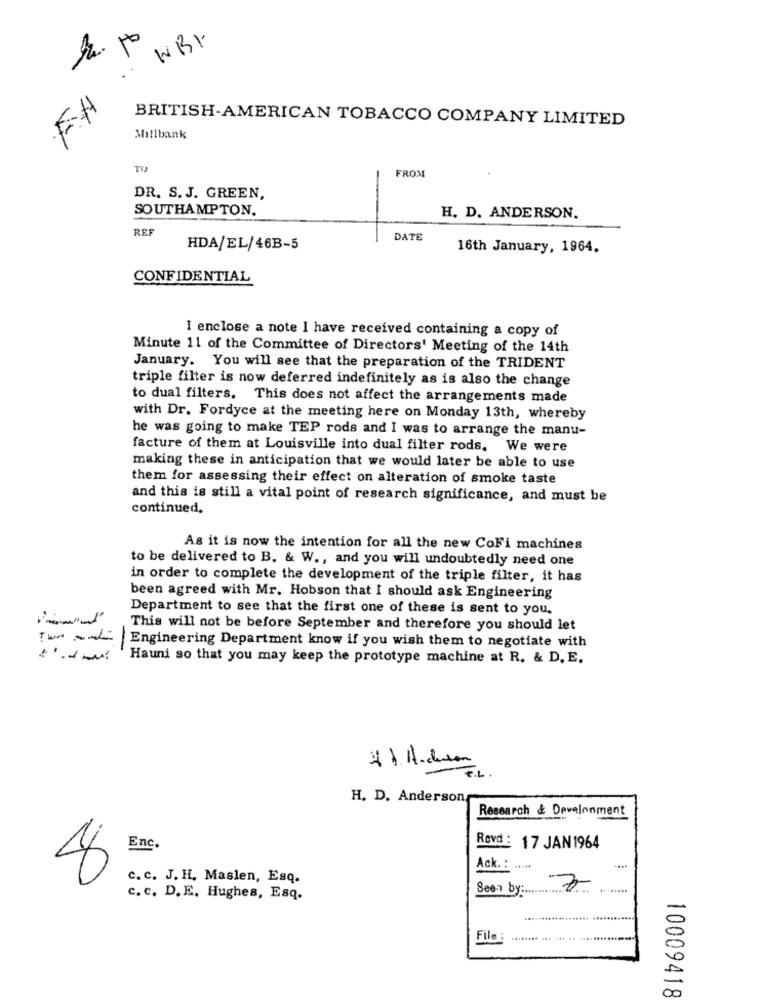
WBI
.F.H
BRITISH-AMERICAN TOBACCO COMPANY LIMITED
Millbank
TV
FROM
DR. S. J. GREEN,
SOUTHAMPTON.
H. D. ANDERSON.
REF
DATE
HDA/EL/46B-5
16th January, 1964.
CONFIDENTIAL
I enclose a note I have received containing a copy of
Minute 11 of the Committee of Directors' Meeting of the 14th
January. You will see that the preparation of the TRIDENT
triple filter is now deferred indefinitely as is also the change
to dual filters. This does not affect the arrangements made
with Dr. Fordyce at the meeting here on Monday 13th, whereby
he was going to make TEP rods and I was to arrange the manu-
facture of them at Louisville into dual filter rods. We were
making these in anticipation that we would later be able to use
them for assessing their effect on alteration of smoke taste
and this is still a vital point of research significance, and must be
continued.
As it is now the intention for all the new CoFi machines
to be delivered to B. & W ., and you will undoubtedly need one
in order to complete the development of the triple filter, it has
been agreed with Mr. Hobson that I should ask Engineering
Department to see that the first one of these is sent to you.
This will not be before September and therefore you should let
Engineering Department know if you wish them to negotiate with
Hauni so that you may keep the prototype machine at R. & D. E.
4 1. H.duson
F.L.
H. D. Anderson
Research & Development
Enc.
Rovd: 17 JAN1964
Ack. : .....
....
c. c. J. H. Maslen, Esq.
See- by :..
7
c. c. D. E. Hughes, Esq.
File:
.... ...
10009418